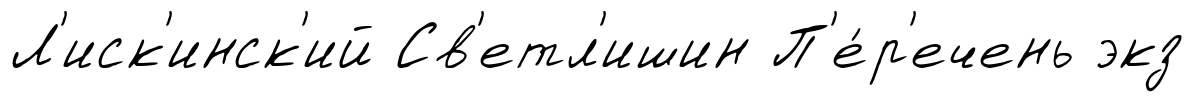
Л'иск'инск'ий Св'етл'ишин П'е́р'ечень экз